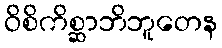
ဝိစိကိစ္ဆာဘိဘူတေန